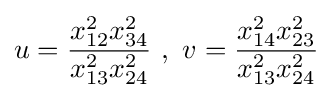
u={\frac {x_{12}^{2}x_{34}^{2}}{x_{13}^{2}x_{24}^{2}}}\ ,\ v={\frac {x_{14}^{2}x_{23}^{2}}{x_{13}^{2}x_{24}^{2}}}